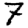
Digit: 7